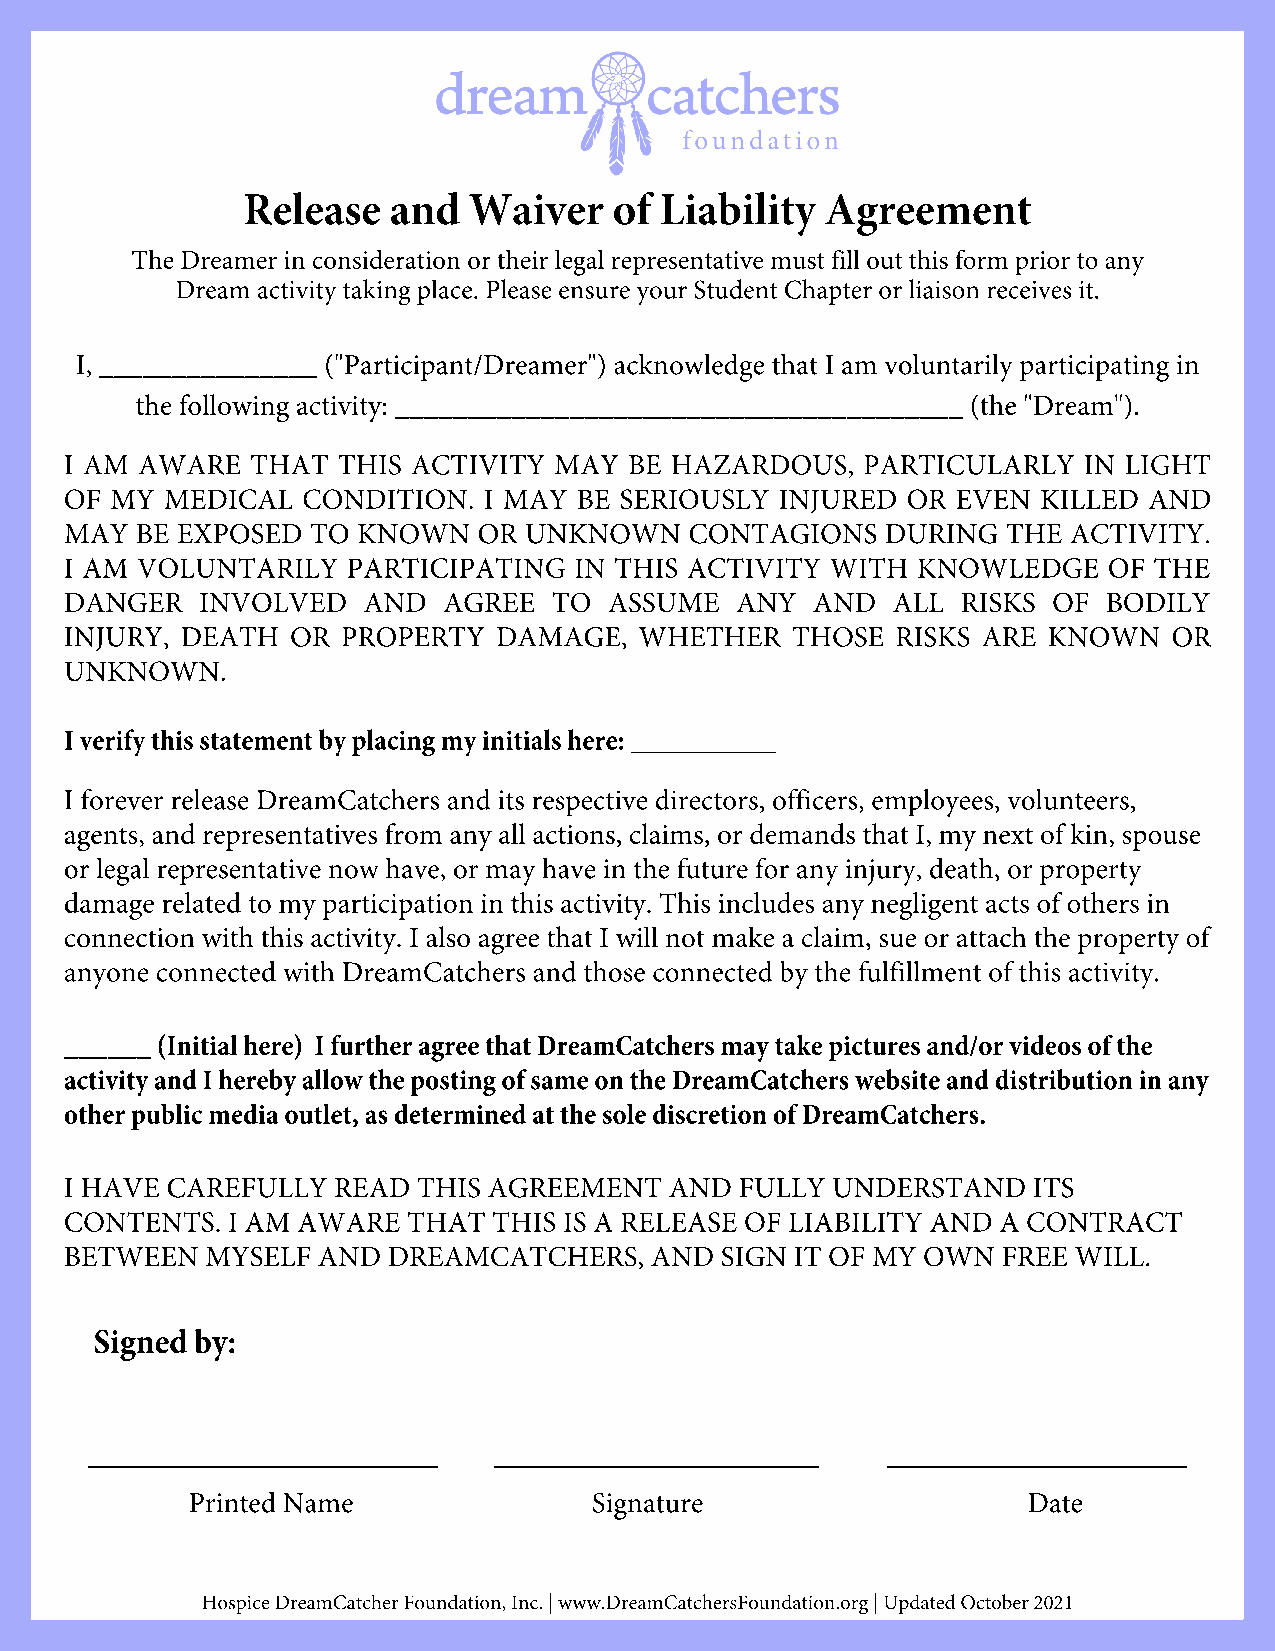
Release   and  Waiver    of Liability  Agreement
 The Dreamer in consideration or their legal representative must fill out this form prior to any
 Dream activity taking place. Please ensure your Student Chapter or liaison receives it.
 I, _______________ ("Participant/Dreamer") acknowledge that I am voluntarily participating in
 the following activity: _______________________________________ (the "Dream").
 I AM AWARE   THAT THIS ACTIVITY  MAY  BE HAZARDOUS,  PARTICULARLY   IN LIGHT
 OF MY  MEDICAL  CONDITION.  I MAY BE SERIOUSLY  INJURED OR EVEN  KILLED AND
 MAY  BE EXPOSED  TO KNOWN   OR UNKNOWN    CONTAGIONS   DURING  THE ACTIVITY.
 I AM VOLUNTARILY   PARTICIPATING  IN THIS ACTIVITY WITH  KNOWLEDGE   OF THE
 DANGER   INVOLVED   AND  AGREE   TO ASSUME   ANY  AND  ALL  RISKS OF BODILY
 INJURY, DEATH  OR  PROPERTY  DAMAGE,  WHETHER   THOSE  RISKS ARE KNOWN    OR
 UNKNOWN.
 I verify this statement by placing my initials here: __________
 I forever release DreamCatchers and its respective directors, officers, employees, volunteers,
 agents, and representatives from any all actions, claims, or demands that I, my next of kin, spouse
 or legal representative now have, or may have in the future for any injury, death, or property
 damage related to my participation in this activity. This includes any negligent acts of others in
 connection with this activity. I also agree that I will not make a claim, sue or attach the property of
 anyone connected with DreamCatchers and those connected by the fulfillment of this activity.
 ______ (Initial here) I further agree that DreamCatchers may take pictures and/or videos of the
 activity and I hereby allow the posting of same on the DreamCatchers website and distribution in any
 other public media outlet, as determined at the sole discretion of DreamCatchers.
 I HAVE CAREFULLY  READ  THIS AGREEMENT  AND  FULLY UNDERSTAND   ITS
 CONTENTS.  I AM AWARE  THAT  THIS IS A RELEASE OF LIABILITY AND A CONTRACT
 BETWEEN   MYSELF AND  DREAMCATCHERS,   AND  SIGN IT OF MY OWN FREE WILL.
 Signed by:
 ______________             _____________             ____________
 Printed Name               Signature                    Date
 Hospice DreamCatcher Foundation, Inc. | www.DreamCatchersFoundation.org | Updated October 2021